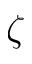
\zeta